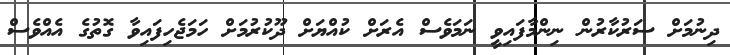
ދިނުމަށް ސަރުކާރުން ނިންމާފައިވީ ނަމަވެސް އެރަށް ކުއްޔަށް ދޫކުރުމަށް ހަމަޖެހިފައިވާ ގޮތުގެ އެއްވެސް